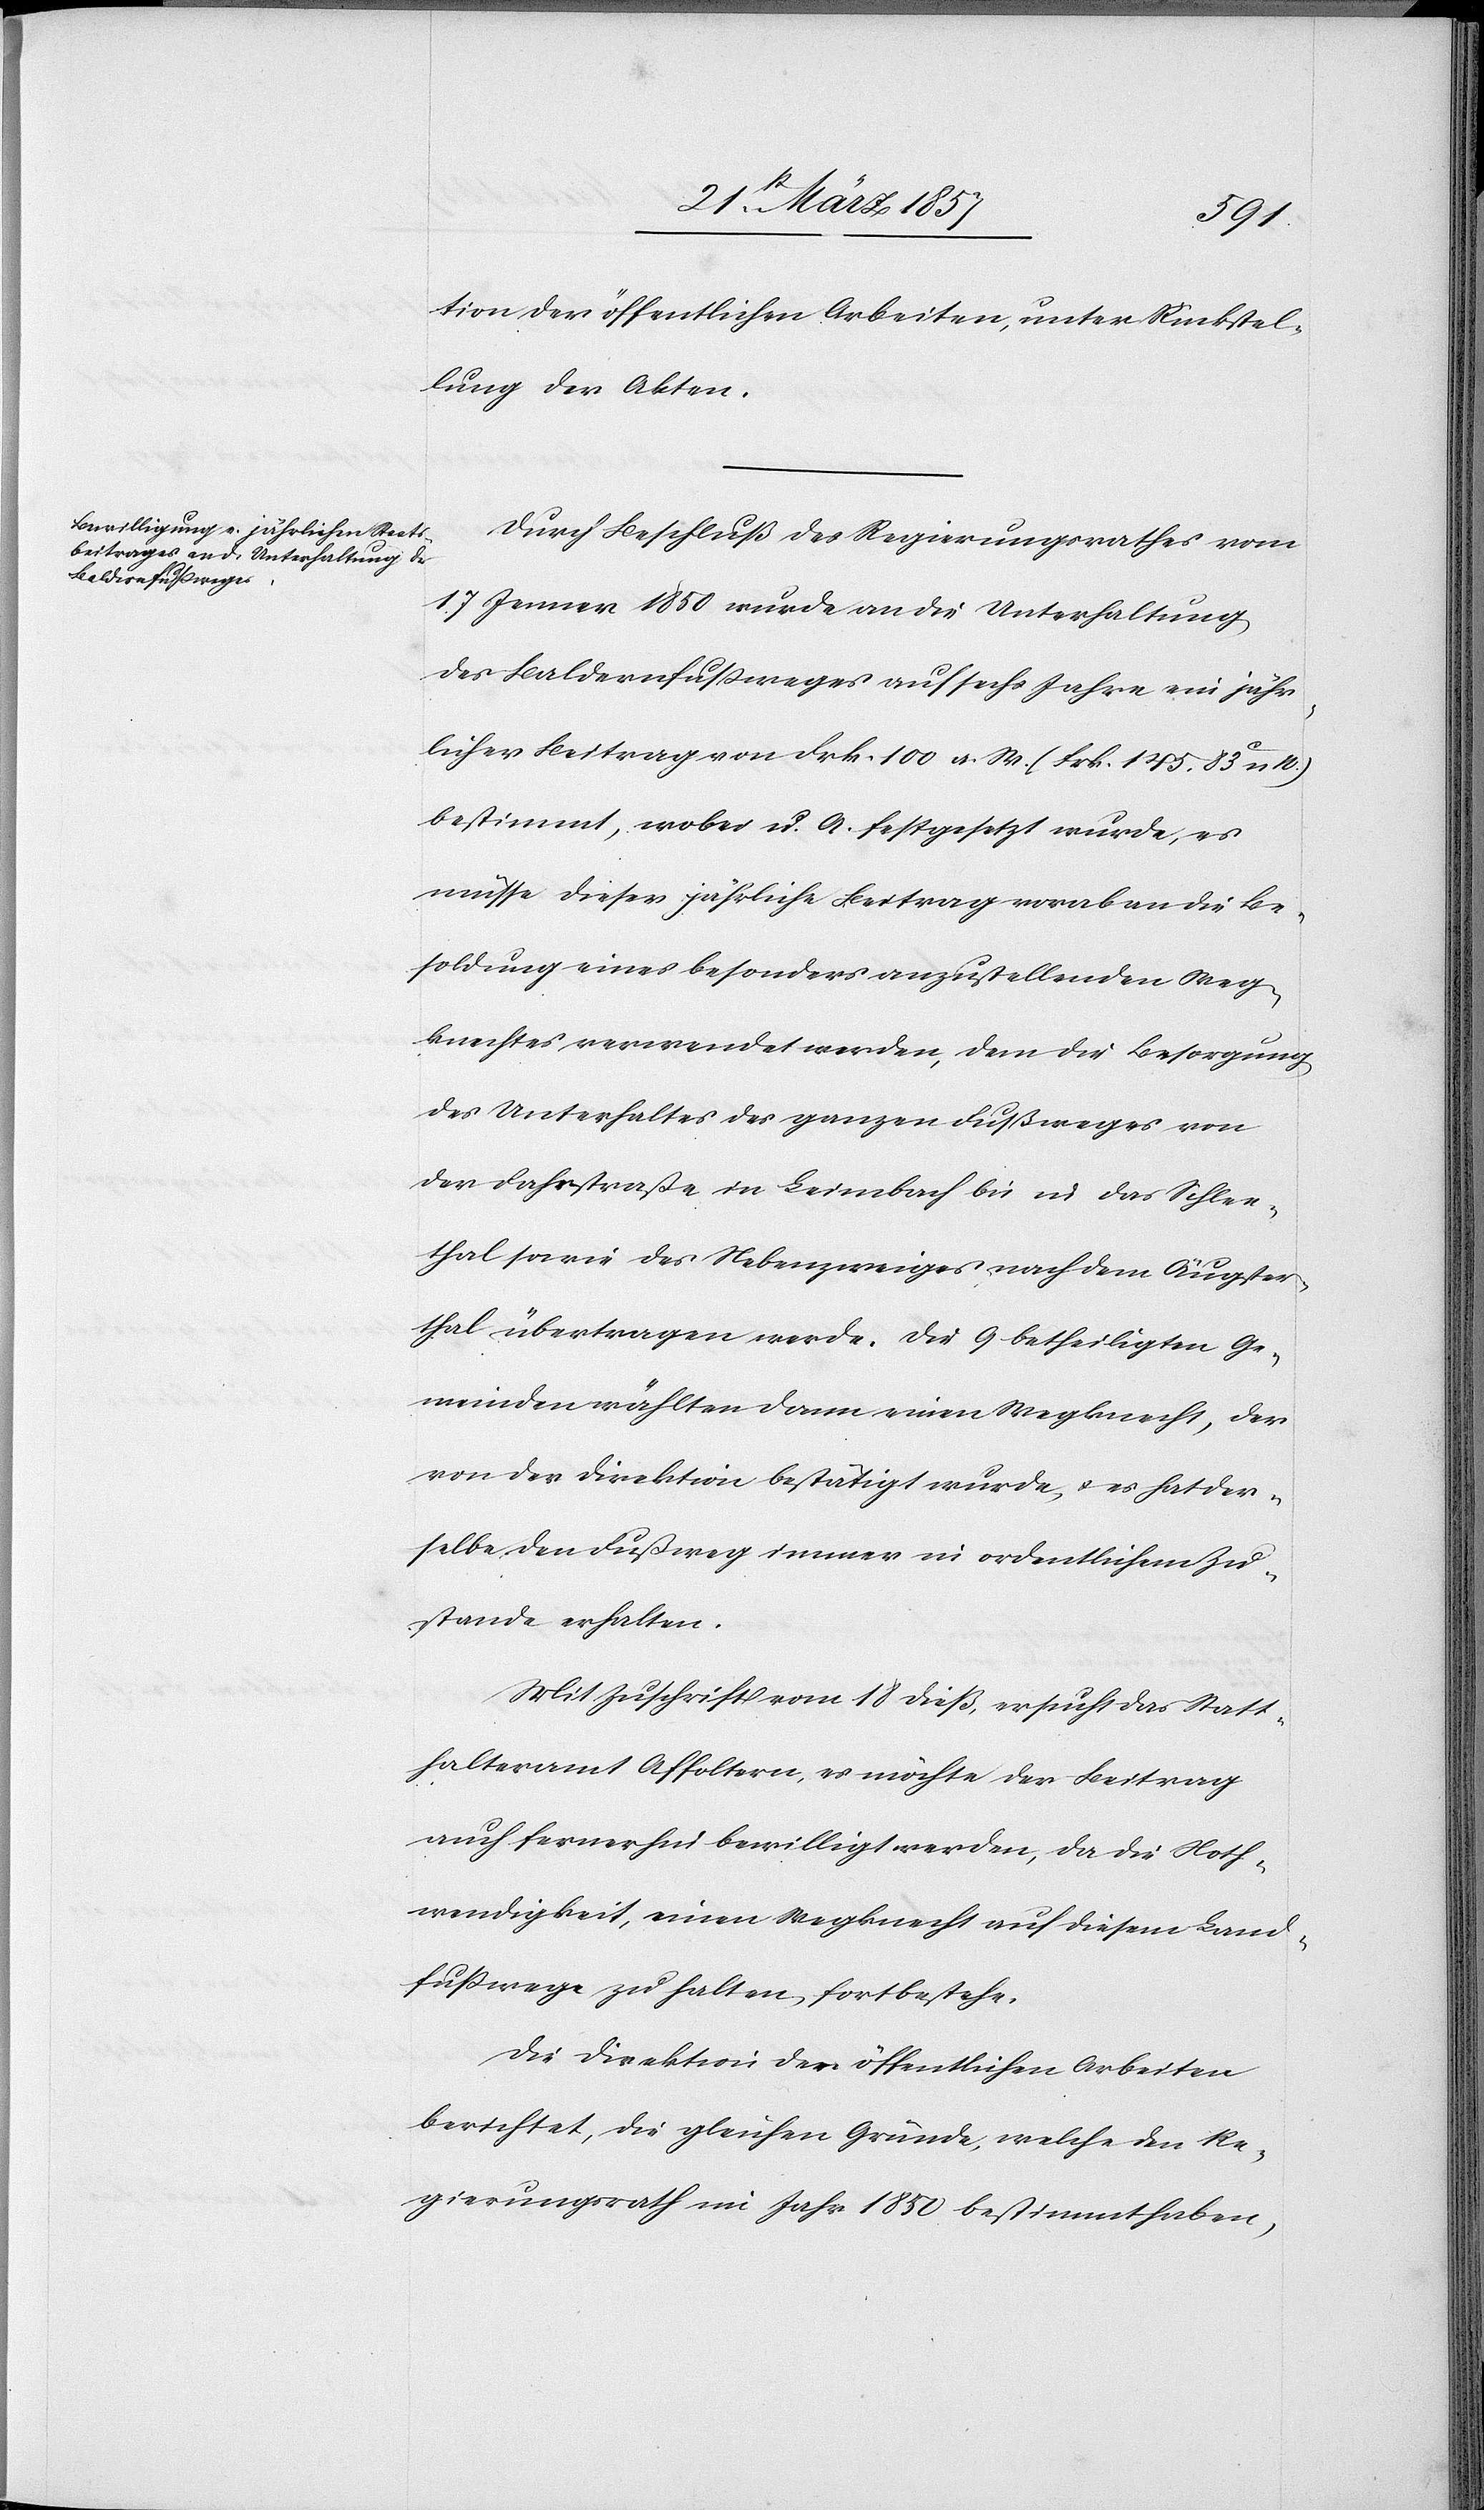
tion der öffentlichen Arbeiten, unter Rückstel¬
lung der Akten.
Durch Beschluß des Regierungsrathes vom
17 Jenner 1850 wurde an die Unterhaltung
des Baldernfussweges auf sechs Jahre ein jähr¬
licher Beitrag von Frk. 100 a. W. (Frk. 145. 83 C n.
bestimmt, wobei u. A. festgesetzt wurde, es
müsse dieser jährliche Beitrag vorab an die Be¬
soldung eines besonders anzustellenden Weg¬
knechtes verwendet werden, dem die Besorgung
des Unterhaltes des ganzen Fußweges von
der Fahrstraße in Leimbach bis in das Schlee¬
thal sowie des Nebenzweiges nach dem Äugster¬
thal übertragen werde. Die 9 betheiligten Ge¬
meinden wählten dann einen Wegknecht, der
von der Direktion bestätigt wurde, u. es hat der¬
selbe den Fußweg immer in ordentlichem Zu¬
stande erhalten.
Mit Zuschrift vom 18 dieß, ersucht das Statt¬
halteramt Affoltern, es möchte der Beitrag
auch fernerhin bewilligt werden, da die Noth¬
wendigkeit, einen Wegknecht auf diesem Land¬
fußwege zu halten, fortbestehe.
Die Direktion der öffentlichen Arbeiten
berichtet, die gleichen Gründe, welche den Re¬
gierungsrath im Jahr 1850 bestimmt haben,